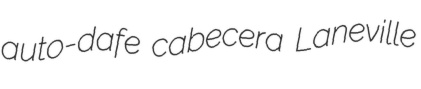
auto-dafe cabecera Laneville